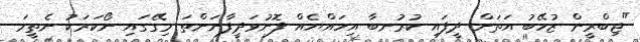
"ޖިބްރީން ޒުހޭބު އަތަށް ދީފައި ކުރުނބާ އިހައްޔެއް ފޮނުވަދީފާނަންތަ މިގޭގައި ނޯކަރަކު ނެތީމަ